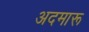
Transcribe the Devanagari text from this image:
अदमारू